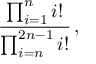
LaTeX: { \frac { \prod _ { i = 1 } ^ { n } i ! } { \prod _ { i = n } ^ { 2 n - 1 } i ! } } \, ,